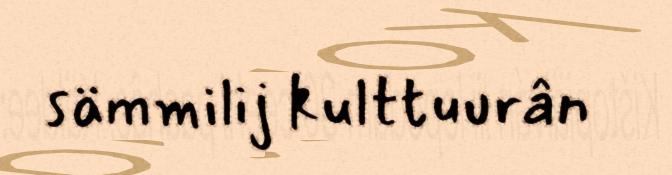
sämmilij kulttuurân